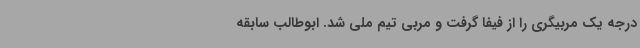
درجه یک مربیگری را از فیفا گرفت و مربی تیم ملی شد. ابوطالب سابقه